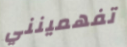
تفهمينني